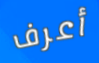
أعرف